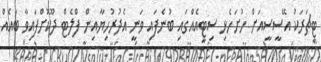
ޓީޗަރަކު އޭސީސީއަށް ހުށަހެޅި ސިޓީއެއްގައި ބުނެފައި ވަނީ އެދުރުހިޔާއިން ފްލެޓް ދޫކޮށްފައިވާ ބައެއް